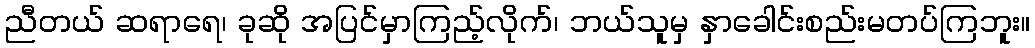
ညီတယ် ဆရာရေ၊ ခုဆို အပြင်မှာကြည့်လိုက်၊ ဘယ်သူမှ နှာခေါင်းစည်းမတပ်ကြဘူး။